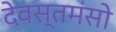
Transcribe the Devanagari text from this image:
देवस्तमंसो